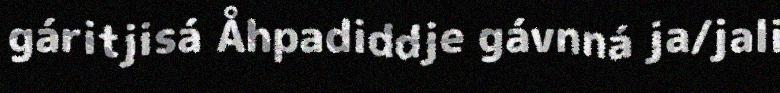
gáritjisá Åhpadiddje gávnná ja/jali